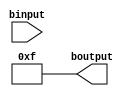
//Module for machine b
module bmodule(input binput,output reg [3:0] boutput);
	// binput is the input given and boutput is the output generated	
	always@(binput) begin
		// 4 bit output generated by b(1 1 1 1), IT CAN BE CHANGED BY THE USER		
		boutput=15;
	end	
endmodule
//Module for machine a
module amodule(input[3:0] ainput,output reg [3:0] aoutput);
	// ainput is the input given and aoutput is the output generated
	always@(ainput) begin
		aoutput=ainput;	
	end	
endmodule